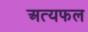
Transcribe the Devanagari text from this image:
अत्यफल